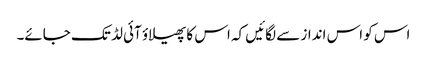
اس کو اس انداز سے لگائیں کہ اس کا پھیلاؤ آئی لڈ تک جائے۔